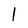
Character: 1